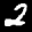
Label: 2